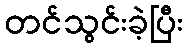
တင်သွင်းခဲ့ပြီး